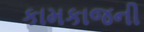
કામકાજની